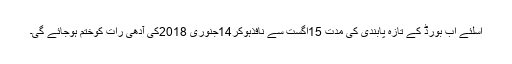
اسلئے اب بورڈ کے تازہ پابندی کی مدت 15اگست سے نافذہوکر14جنوری 2018کی آدھی رات کوختم ہوجائے گی۔